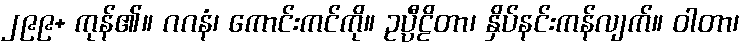
၂၉၉+ ကုန်၏။ ဂဂနံ၊ ကောင်းကင်ကို။ ဥပ္ပီဠိတာ၊ နှိပ်နင်းကန်လျက်။ ဝါတာ၊